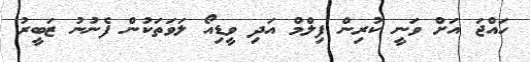
ހައްޖަ އަށް ވަނީ ކުރިން ފިލްމް އަދި ވީޑިއޯ ލަވަތަކުން ފެނުނު ޒަބީރު